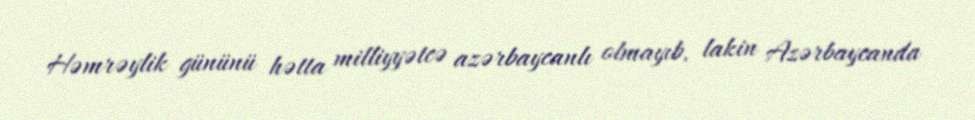
Həmrəylik gününü hətta milliyyətcə azərbaycanlı olmayıb, lakin Azərbaycanda